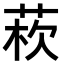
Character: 𦰻